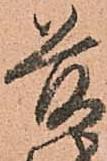
前